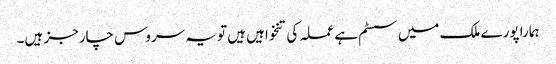
ہمارا پورے ملک میں سسٹم ہے عملہ کی تنخواہیں ہیں تو یہ سروس چارجز ہیں۔